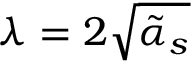
\lambda = 2 \sqrt { \tilde { \alpha } _ { s } }